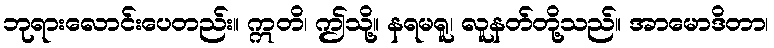
ဘုရားလောင်းပေတည်း။ ဣတိ၊ ဤသို့။ နရမရူ၊ လူနတ်တို့သည်။ အာမောဒိတာ၊